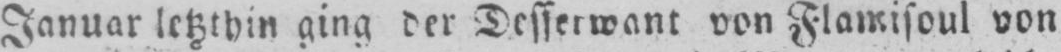
Januar letzthin ging der Desserwant von Flamisoul von